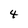
Character: 4